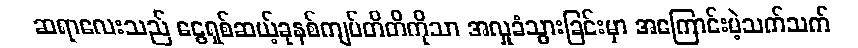
ဆရာလေးသည် ငွေရှစ်ဆယ့်ခုနစ်ကျပ်တိတိကိုသာ အလှုခံသွားခြင်းမှာ အကြောင်းမဲ့သက်သက်